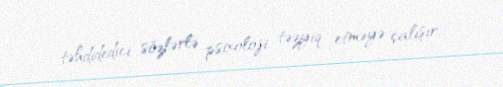
təhdidedici sözlərlə psixoloji təzyiq etməyə çalışır.